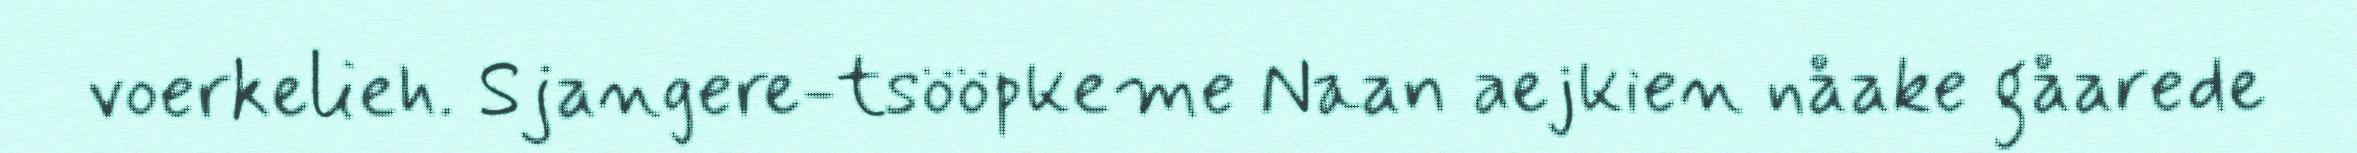
voerkelieh. Sjangere-tsööpkeme Naan aejkien nåake gåarede